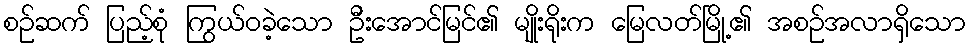
စဉ်ဆက် ပြည့်စုံ ကြွယ်ဝခဲ့သော ဦးအောင်မြင်၏ မျိုးရိုးက မြေလတ်မြို့၏ အစဉ်အလာရှိသော